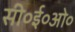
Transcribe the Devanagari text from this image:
सी०ई०ओ०